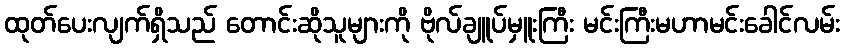
ထုတ်ပေးလျက်ရှိသည် တောင်းဆိုသူများကို ဗိုလ်ချူပ်မှူးကြီး မင်းကြီးမဟာမင်းခေါင်လမ်း